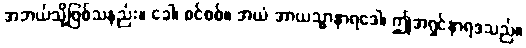
အဘယ်သို့ဖြစ်သနည်း။ ခေါ၊ စင်စစ်။ အယံ အာယသ္မာနာရဒေါ၊ ဤအရှင်နာရဒသည်။